Annual statistical returns and brief notes on vaccination in Bengal - 1887-1898
Year: 1887
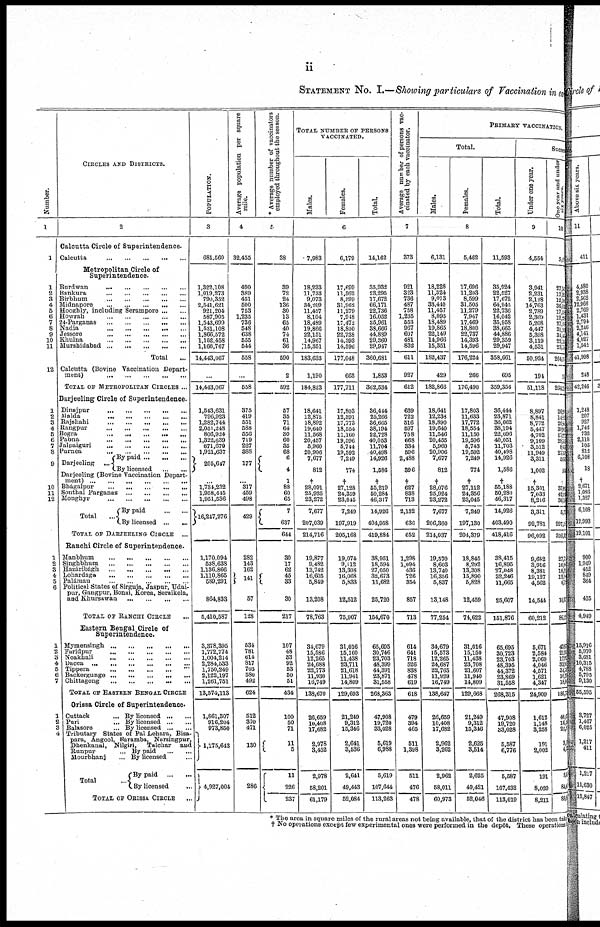
ii
STATEMENT NO. I.—Showing particulars of Vaccination in each
Number.
1
1
1
2
3
4
5
6
7
8
9
10
11
12
1
2
3
4
5
6
7
8
9
10
11
12
1
2
3
4
5
6
1
2
3
4
5
6
7
1
2
3
4
CIRCLES AND DISTRICTS.
2
Calcutta Circle of Superintendence.
Calcutta
...
...
...
...
...
Metropolitan Circle of
Superintendence.
Burdwan
...
...
...
...
...
Bankura
...
...
...
...
...
Birbhum
...
...
...
...
...
Midnapore
...
...
...
...
...
Hooghly, including Serampore
...
...
Howrah
...
...
...
...
...
24-Parganas
...
...
...
...
...
Nadia
...
...
...
...
...
Jessore
...
...
...
...
...
Khulna
...
...
...
...
...
Murshidabad
...
...
...
...
...
Total
...
Calcutta (Bovine Vaccination Depart-
ment)
...
...
...
...
...
TOTAL OF METROPOLITAN CIRCLES ...
Darjeeling Circle of Superintendence.
Dinajpur
...
...
...
...
...
Malda
...
...
...
...
...
Rajshahi
...
...
...
...
...
Rangpur
...
...
...
...
...
Bogra
...
...
...
...
...
Pabna
...
...
...
...
...
Jalpaiguri
...
...
...
...
...
Purnea
...
...
...
...
...
Darjeeling
By paid ... ... ...
By licensed
...
...
Darjeeling (Bovine Vaccination Depart-
ment)
...
...
...
...
...
...
Bhágalpur
...
...
...
...
...
Sonthal Parganas
...
...
...
...
Monghyr
...
...
...
...
...
Total
...
By paid
...
...
By licensed
...
...
TOTAL OF DARJEELING CIRCLE
...
Ranchi Circle of Superintendence.
Manbhum
...
...
...
...
...
Singhbhum
...
...
...
...
...
Hazáribágh
...
...
...
...
...
Lohardaga
...
...
...
...
...
Palámau
...
...
...
...
...
Political States of Sirguja, Jaspur, Udai-
pur, Gangpur, Bonai, Korea, Seraikela,
and Khursawan
...
...
...
...
TOTAL OF RANCHI CIRCLE
...
Eastern Bengal Circle of
Superintendence.
Mymensingh ... ... ... ... ...
Furidpur
...
...
...
...
...
Noakhali
...
...
...
...
...
Dacca
...
...
...
...
...
...
Tippera
...
...
...
...
...
Backergunge
...
...
...
...
...
Chittagong
...
...
...
...
...
TOTAL OF EASTERN BENGAL CIRCLE
Orissa Circle of Superintendence.
Cuttack
...
Puri ...
Balasore ...
By licensed
...
...
By licensed
...
...
By licensed
...
...
Tributary States of Pal Lehara, Bisa-
para, Angool, Baramba, Narsingpur,
Dhenkanal, Nilgiri, Talchar and
Runpur ... By paid ... ...
Mourbhanj ...
Total ...
By licensed ...
By paid
...
...
By licensed
...
TOTAL OF ORISSA CIRCLE
...
POPULATION.
3
681,560
1,322,108
1,019,273
790,352
2,641,621
921,204
587,905
1,543,699
1,531,108
1,866,572
1,152.458
1,166,767
14,443,067
...
14,443,067
1,543,631
796,923
1,282,744
2,051,248
806,924
1,322,639
671,670
1,921,637
205,647
...
1,734,232
1,958,445
1,951,536
16,247,276
1,170,094
538,638
1,136,866
1,110,865
589,291
864,833
5,410,587
3,378,395
1,772,774
1,004,214
2,284,533
1,750,249
2,122,197
1,261,751
13,574,113
1,861,307
916,204
973,850
1,175,643
4,927,004
Average population per square
mile.
4
32,455
490
389
451
500
753
1,235
736
548
638
555
544
558
...
558
375
419
551
588
556
719
227
388
177
...
317
459
498
429
282
143
162
141
57
128
634
781
614
817
703
580
492
624
512
370
471
130
286
* Average number of vaccinators
employed throughout the season.
5
38
39
72
24
136
30
13
65
40
74
61
36
590
2
592
57
35
71
64
30
60
35
68
6
4
1
88
60
65
7
637
644
30
17
62
45
33
30
217
107
48
33
92
53
50
51
434
100
50
71
11
5
11
226
237
TOTAL NUMBER OF PERSONS
VACCINATED.
Males.
Females.
Total.
6
7,983
18,233
11,733
9,073
34,209
11,457
8,104
18,489
19,866
22,151
14,967
15,351
183,633
1,190
184,823
18,641
12,875
18,892
19,640
11,568
20,457
5,960
20,906
7,677
812
†
28,091
25,925
23,272
7,677
207,039
214,716
19,877
9,482
13,742
16,605
5,849
13,208
78,763
34,679
15,586
12,265
24,688
22,773
11,930
16,749
138,670
26,659
10,408
17,682
2,978
3,452
2,978
58,201
61,179
6,179
17,699
11,562
8,599
31,962
11,279
7,948
17,472
18,800
22,738
14,393
14,596
177,048
663
177,711
17,803
12,391
17,773
18,554
11,160
19,596
5,744
19,592
7,249
774
†
27,128
24,359
23,045
7,249
197,919
205,168
19,074
9,112
13,308
16,068
5,833
12,512
75,907
31,016
15,160
11,438
23,711
21,618
11,941
14,809
129,693
21,249
9,312
15,346
2,641
3,536
2,641
49,443
52,084
14,162
35,932
23,295
17,672
66,171
22,736
16,052
35,961
38,666
44,889
29,360
29,947
360,681
1,853
362,534
36,444
25,266
36,665
38,194
22,728
40,053
11,704
40,498
14,926
1,586
†
55,219
50,284
46,317
14,926
404,958
419,884
38,951
18,594
27,050
32,673
11,682
25,720
154,670
65,695
30,746
23,703
48,399
44,391
23,871
31,558
268,363
47,908
19,720
33,028
5,619
6,988
5,619
107,644
113,263
Average number of persons vac-
cinated by each vaccinator.
7
373
921
323
736
487
758
1,235
553
967
607
481
832
611
927
612
639
722
516
597
758
668
334
596
2,488
396
†
627
838
713
2,132
636
652
1,298
1,094
436
726
354
857
713
614
641
718
526
838
478
619
618
479
394
465
511
1,398
511
476
478
PRIMARY VACCINATION.
Total.
Males.
Females.
Total.
8
6,131
18,228
11,324
9,073
33,440
11,457
8,095
18,489
19,865
22,149
14,966
15,351
182,437
429
182,866
18,641
12,238
18,890
19,640
11,546
20,455
5,960
20,906
7,677
812
†
28,076
25,924
23,272
7,677
206,360
214,037
19,570
8,603
13,740
16,356
5,837
13,148
77,254
34,679
15,573
12,265
24,687
22,765
11,929
16,749
138,647
26,659
10,408
17,682
2,962
3,262
2,962
58,011
60,973
5,462
17,696
11,203
8,599
31,505
11,279
7,947
17,469
18,800
22,737
14,393
14,596
176,224
266
176,490
17,803
11,633
17,772
18,554
11,150
19,596
5,743
19,592
7,249
774
†
27,112
24,356
23,045
7,249
197,130
204,379
18,845
8,292
13,308
15,890
5,828
12,459
74,622
31,016
15,150
11,438
23,708
21,607
11,940
14,809
129,668
21,249
9,312
16,346
2,625
3,514
2,625
49,421
52,046
11,593
35,924
22,527
17,672
64,945
22,736
16,042
35,958
38,665
44,886
29,359
29,947
358,661
695
359,356
36,444
23,871
36,662
38,194
22,696
40,051
11,703
40,498
14,926
1,586
†
55,188
50,280
46,317
14,926
403,490
418,416
38,415
16,895
27,048
32,246
11,665
25,607
151,876
65,695
30,723
23,703
48,395
44,372
23,869
31,558
268,315
47,908
19,720
33,028
5,587
6,776
5,687
107,432
113,019
Succe
Under one year.
9
4,554
3,941
2,231
2,128
14,763
2,789
2,369
5,208
4,447
5,398
3,119
4,531
50,924
194
51,118
8,897
8,841
8,772
6,447
4,702
9,109
3,512
11,949
3,311
1,002
†
15,301
7,033
8,216
3,311
92,781
96,092
9,682
3,916
8,381
19,127
4,662
14,544
60,212
5,671
2,584
2,069
4,046
4,571
1,621
4,347
24,909
1,612
1,148
3,258
191
2,002
191
8,020
8,211
One year and under
six
years.
10
5,0
27,3
17,3
12,2
36,0
17,15
12,5
27,0
31,0
34,0
22,14 23,0
264,1
0
264,0
264,22 148
26,
30,995
17,222 28,745
80
27,73 51,3
56
†
37,01
42,00 36,0
5,13
297,0
302,1
27,75
10,0
18,21
12,0
6,70
10,37
86,12
43,97
21,95
17, 92
33,91
34,5
16,2
18,0
186,7
40,6
16,5
22,8
3,5 4,3
3,2
84,0
88,0
* The area in square miles of the rural areas not being available, that of the district has been tak
† No operations except few experimental ones were performed in the depôt. These operations